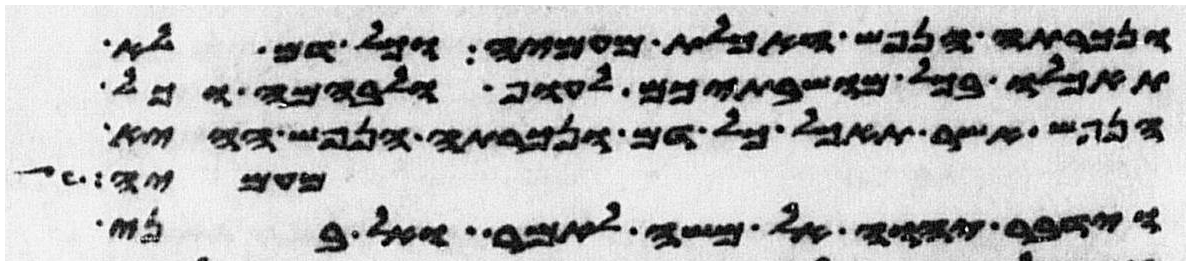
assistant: ונכרתה הנפש האכלת מעמיה וכל דם לא
תאכלו בכל מושבתיכם לעוף ולבהמה וכל
הנפש אשר תאכל כל דם ונכרתה הנפש ההיא
מעמיה
וידבר יהוה אל משה לאמר ואל בני